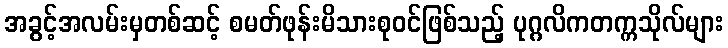
အခွင့်အလမ်းမှတစ်ဆင့် စမတ်ဖုန်းမိသားစုဝင်ဖြစ်သည့် ပုဂ္ဂလိကတက္ကသိုလ်များ